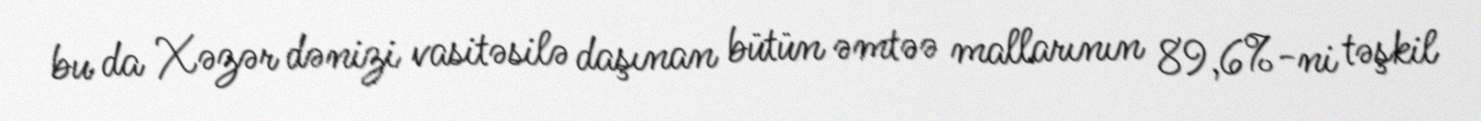
bu da Xəzər dənizi vasitəsilə daşınan bütün əmtəə mallarının 89,6%-ni təşkil